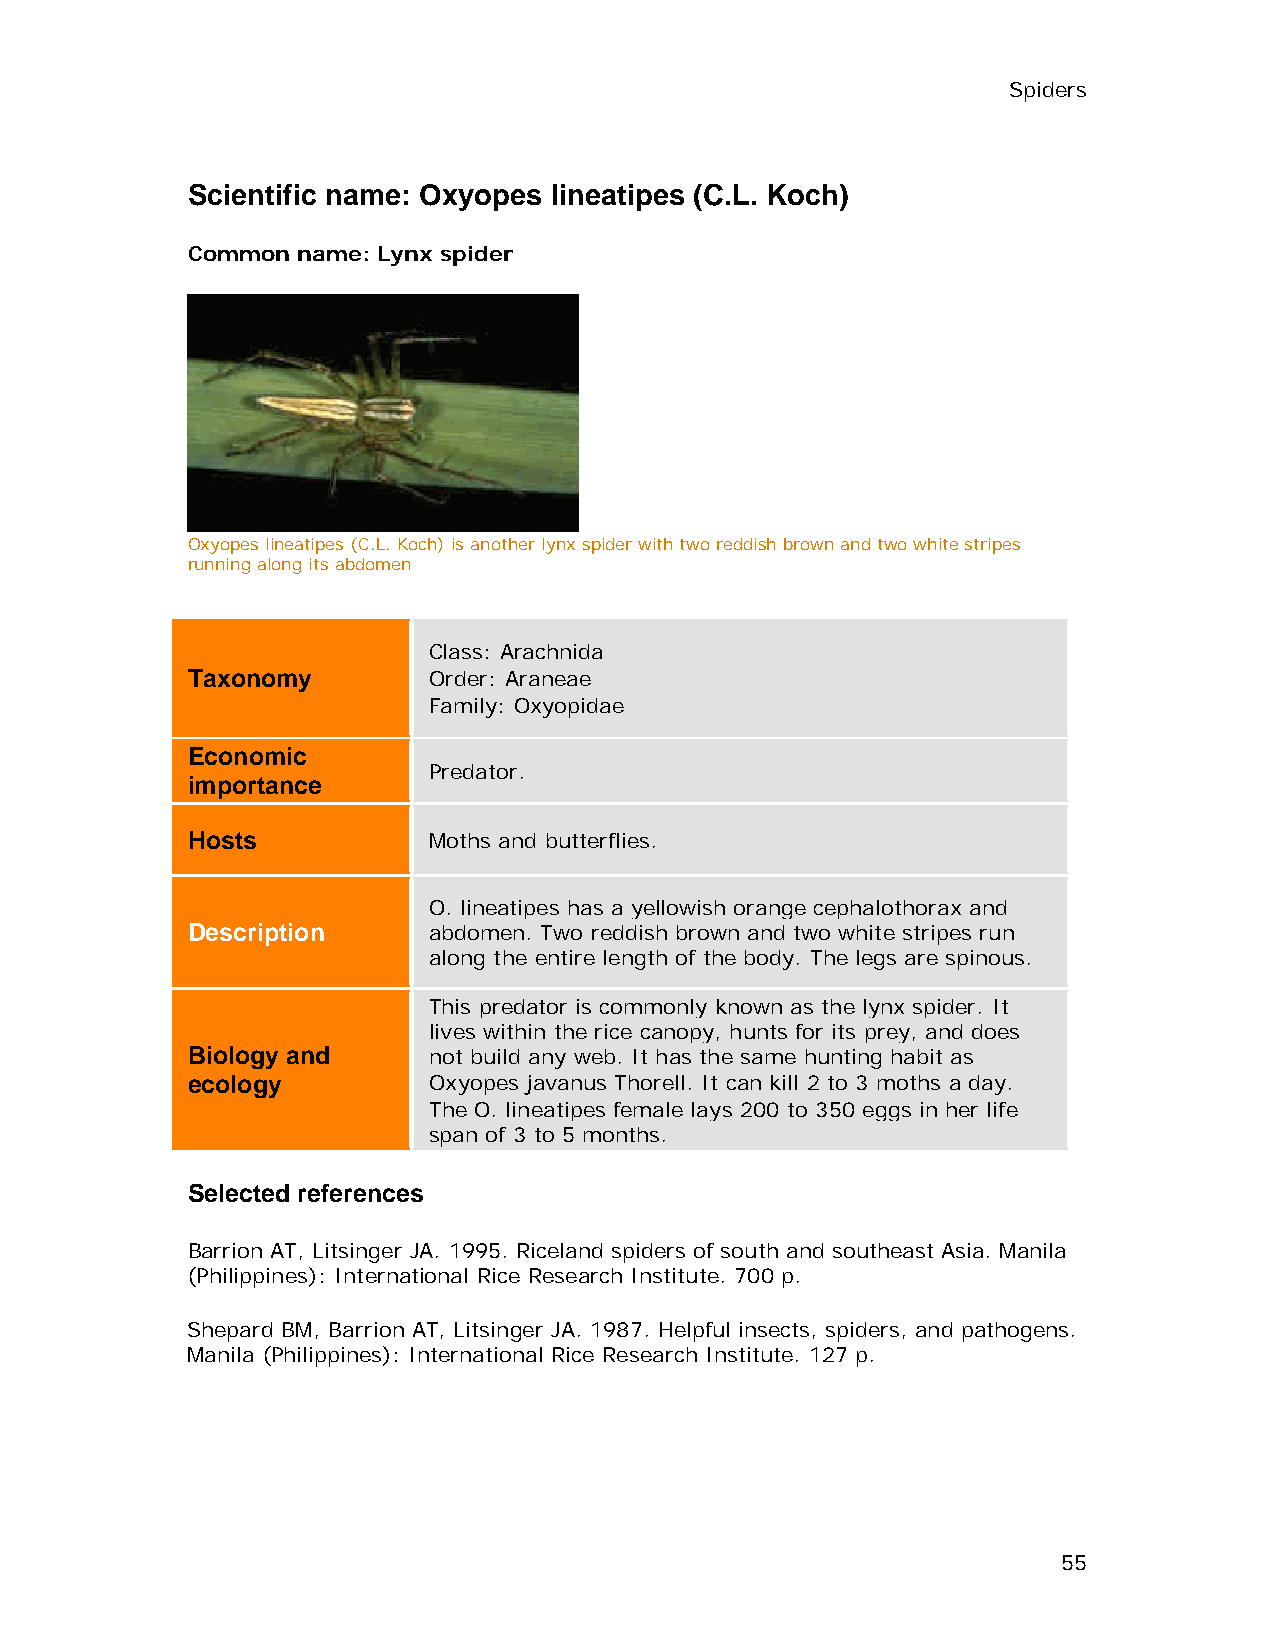
Spiders
 Scientific name: Oxyopes lineatipes (C.L. Koch)
 Common  name: Lynx spider
 Oxyopes lineatipes (C.L. Koch) is another lynx spider with two reddish brown and two white stripes
 running along its abdomen
 Class: Arachnida
 Taxonomy        Order: Araneae
 Family: Oxyopidae
 Economic
 Predator.
 importance
 Hosts           Moths and butterflies.
 O. lineatipes has a yellowish orange cephalothorax and
 Description     abdomen. Two reddish brown and two white stripes run
 along the entire length of the body. The legs are spinous.
 This predator is commonly known as the lynx spider. It
 lives within the rice canopy, hunts for its prey, and does
 Biology and     not build any web. It has the same hunting habit as
 ecology         Oxyopes javanus Thorell. It can kill 2 to 3 moths a day.
 The O. lineatipes female lays 200 to 350 eggs in her life
 span of 3 to 5 months.
 Selected references
 Barrion AT, Litsinger JA. 1995. Riceland spiders of south and southeast Asia. Manila
 (Philippines): International Rice Research Institute. 700 p.
 Shepard BM, Barrion AT, Litsinger JA. 1987. Helpful insects, spiders, and pathogens.
 Manila (Philippines): International Rice Research Institute. 127 p.
 55